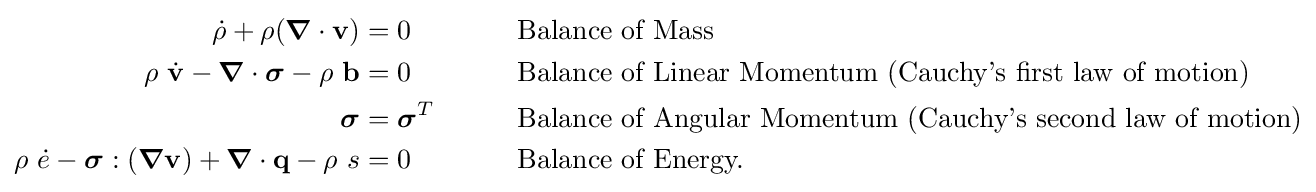
{\begin{aligned}{\dot {\rho }}+\rho ({\boldsymbol {\nabla }}\cdot \mathbf {v} )&=0&&\qquad {\text{Balance of Mass}}\\\rho ~{\dot {\mathbf {v} }}-{\boldsymbol {\nabla }}\cdot {\boldsymbol {\sigma }}-\rho ~\mathbf {b} &=0&&\qquad {\text{Balance of Linear Momentum (Cauchy's first law of motion)}}\\{\boldsymbol {\sigma }}&={\boldsymbol {\sigma }}^{T}&&\qquad {\text{Balance of Angular Momentum (Cauchy's second law of motion)}}\\\rho ~{\dot {e}}-{\boldsymbol {\sigma }}:({\boldsymbol {\nabla }}\mathbf {v} )+{\boldsymbol {\nabla }}\cdot \mathbf {q} -\rho ~s&=0&&\qquad {\text{Balance of Energy.}}\end{aligned}}